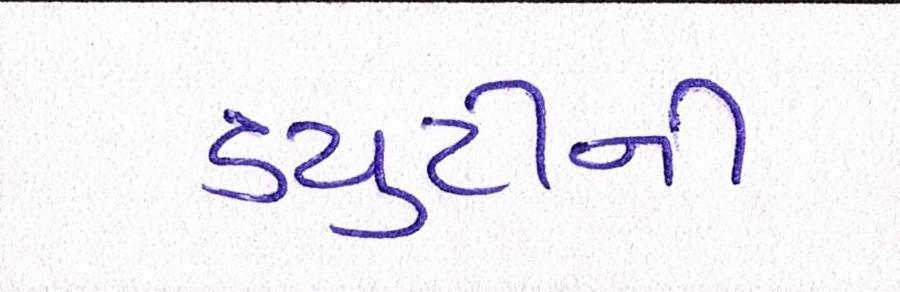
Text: ડયુટીની